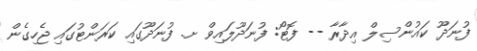
ފުނަދޫ ކައުންސިލް އިދާރާ -- ފޮޓޯ: ފުނަދޫލައިވް ށ. ފުނަދޫގައި ކަރަންޓުގައި ޖެހިގެން